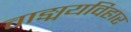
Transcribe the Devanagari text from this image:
वाङ्मयविहार